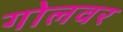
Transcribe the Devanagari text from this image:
गोलवर